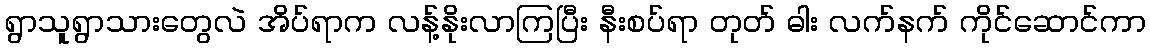
ရွာသူရွာသားတွေလဲ အိပ်ရာက လန့်နိုးလာကြပြီး နီးစပ်ရာ တုတ် ဓါး လက်နက် ကိုင်ဆောင်ကာ